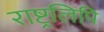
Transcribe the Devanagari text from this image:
राष्ट्रलिपि